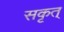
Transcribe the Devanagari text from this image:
सकृत्